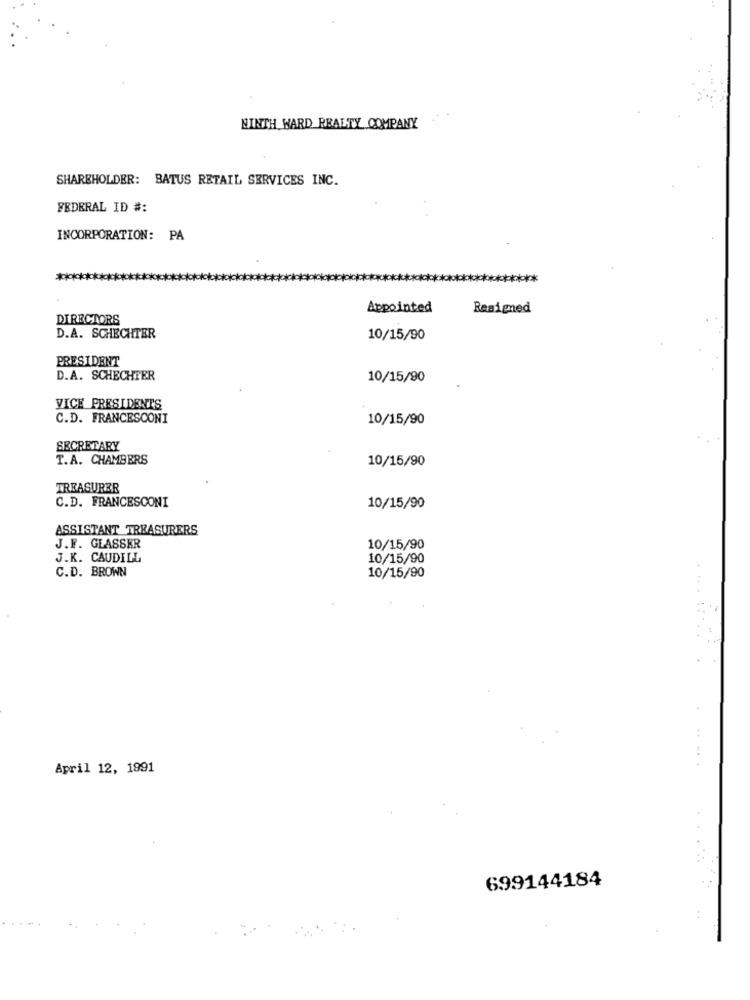
NINTH WARD REALTY COMPANY
SHAREHOLDER: BATUS RETAIL SERVICES INC.
FEDERAL ID #:
INCORPORATION: PA
***
Appointed
Resigned
DIRECTORS
D.A. SCHECHTER
10/15/90
PRESIDENT
D.A. SCHECHTER
10/15/90
VICE PRESIDENTS
C.D. FRANCESCONI
10/15/90
SECRETARY
T.A. CHAMBERS
10/15/90
TREASURER
C.D. FRANCESCONI
10/15/90
ASSISTANT TREASURERS
J.F. GLASSER
10/15/90
J.K. CAUDILL
10/15/90
C.D. BROWN
10/15/90
......
April 12, 1991
699144184